Report of the Indian Hemp Drugs Commission, 1894-1895 - Volume V
Year: 1894
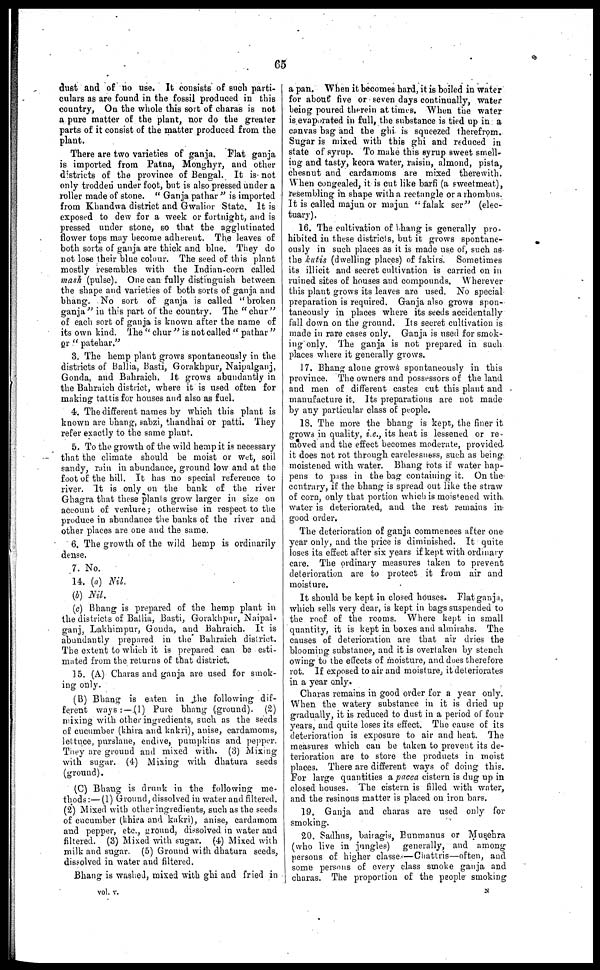
65
duet and of no use. It consists of such parti-
culars as are found in the fossil produced in this
country, On the whole this sort of charas is not
a pure matter of the plant, nor do the greater
parts of it consist of the matter produced from the
plant.
There are two varieties of ganja. Flat ganja
is imported from Patna, Monghyr, and other
districts of the province of Bengal. It is not
only trodden under foot, but is also pressed under a
roller made of stone. "Ganja pathar" is imported
from Khandwa district and Gwalior State. It is
exposed to dew for a week or fortnight, and is
pressed under stone, so that the agglutinated
flower tops may become adherent. The leaves of
both sorts of ganja are thick and blue. They do
not lose their blue colour. The seed of this plant
mostly resembles with the Indian-corn called
mash (pulse). One can fully distinguish between
the shape and varieties of both sorts of ganja and
bhang. No sort of ganja is called "broken
ganja" in this part of the country. The "chur"
of each sort of ganja is known after the name of
its own kind. The "chur" is not called "pathar"
or "patellar."
3. The hemp plant grows spontaneously in the
districts of Ballia, Basti, Gorakhpur, Naipalganj,
Gonda, and Bahraich. It grows abundantly in
the Bahraich district, where it is used often for
making tattis for houses and also as fuel.
4. The different names by which this plant is
known are bhang, sabzi, thandhai or patti. They
refer exactly to the same plant.
5. To the growth of the wild hemp it is necessary
that the climate should be moist or wet, soil
sandy, rain in abundance, ground low and at the
foot of the hill. It has no special reference to
river. It is only on the bank of the river
Ghagra that these plants grow larger in size on
account of verdure ; otherwise in respect to the
produce in abundance the banks of the river and
other places are one and the same.
6. The growth of the wild hemp is ordinarily
dense.
7. No.
14. (a) Nil.
(b) Nil.
(c) Bhang is prepared of the hemp plant in
the districts of Ballia, Basti, Gorakhpur, Naipal-
ganj, Lakhimpur, Gonda, and Bahraich. It is
abundantly prepared in the Bahraich district.
The extent to which it is prepared can be esti-
mated from the returns of that district.
15. (A) Charas and ganja are used for smok-
ing only.
(B) Bhang is eaten in the following dif-
ferent ways :—(1) Pure bhang (ground). (2)
mixing with other ingredients, such as the seeds
of cucumber (khira and kakri), anise, cardamoms,
lettuce, purslane, endive, pumpkins and pepper.
They are ground and mixed with. (3) Mixing
with sugar. (4) Mixing with dhatura seeds
(ground).
(C) Bhang is drunk in the following me-
thods :—(1) Ground, dissolved in water and filtered.
(2) Mixed with other ingredients, such as the seeds
of cucumber (khira and kakri), anise, cardamom
and pepper, etc., ground, dissolved in water and
filtered. (3) Mixed with sugar. (4) Mixed with
milk and sugar. (5) Ground with dhatura seeds,
dissolved in water and filtered.
Bhang is washed, mixed with ghi and fried in
vol. v.
a pan. When it becomes hard, it is boiled in water
for about five or seven days continually, water
being poured therein at times. When the water
is evaporated in full, the substance is tied up in a
canvas bag and the ghi is squeezed therefrom.
Sugar is mixed with this ghi and reduced in
state of syrup. To make this syrup sweet smell-
ing and tasty, keora water, raisin, almond, pista,
chesnut and cardamoms are mixed therewith.
When congealed, it is cut like barfi (a sweetmeat),
resembling in shape with a rectangle or a rhombus.
It is called majun or majun "falak ser" (elec-
tuary).
16. The cultivation of bhang is generally pro-
hibited in these districts, but it grows spontane-
ously in such places as it is made use of, such as
the kutis (dwelling places) of fakirs. Sometimes
its illicit and secret cultivation is carried on in
ruined sites of houses and compounds. Wherever
this plant grows its leaves are used. No special
preparation is required. Ganja also grows spon-
taneously in places where its seeds accidentally
fall down on the ground. Its secret cultivation is
made in rare cases only. Ganja is used for smok-
ing only. The ganja is not prepared in such
places where it generally grows.
17. Bhang alone grows spontaneously in this
province. The owners and possessors of the land
and men of different castes cut this plant and
manufacture it. Its preparations are not made
by any particular class of people.
18. The more the bhang is kept, the finer it
grows in quality, i.e., its heat is lessened or re-
moved and the effect becomes moderate, provided
it does not rot through carelessness, such as being
moistened with water. Bhang rots if water hap-
pens to pass in the bag containing it. On the
contrary, if the bhang is spread out like the straw
of corn, only that portion which is moistened with
water is deteriorated, and the rest remains in
good order.
The deterioration of ganja commences after one
year only, and the price is diminished. It quite
loses its effect after six years if kept with ordinary
care. The ordinary measures taken to prevent
deterioration are to protect it from air and
moisture.
It should be kept in closed houses. Flat ganja,
which sells very dear, is kept in bags suspended to
the roof of the rooms. Where kept in small
quantity, it is kept in boxes and almirahs. The
causes of deterioration are that air dries the
blooming substance, and it is overtaken by stench
owing to the effects of moisture, and does therefore
rot. If exposed to air and moisture, it deteriorates
in a year only.
Charas remains in good order for a year only.
When the watery substance in it is dried up
gradually, it is reduced to dust in a period of four
years, and quite loses its effect. The cause of its
deterioration is exposure to air and heat. The
measures which can be taken to prevent its de-
terioration are to store the products in moist
places. There are different ways of doing this.
For large quantities a pacca cistern is dug up in
closed houses. The cistern is filled with water,
and the resinous matter is placed on iron bars.
19. Ganja and charas are used only for
smoking.
20. Sadhus, bairagis, Bunmanus or Musehra
(who live in jungles) generally, and among
persons of higher classes—Chattris—often, and
some persons of every class smoke ganja and
charas. The proportion of the people smoking
N